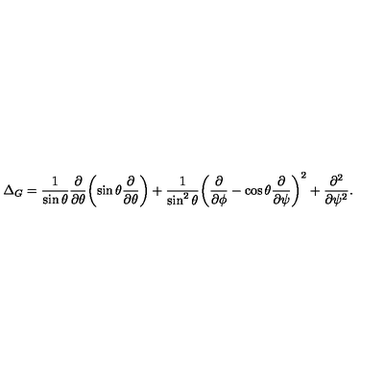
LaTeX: \Delta _ { G } = \frac 1 { \sin \theta } \frac { \partial } { \partial \theta } \biggl ( \sin \theta \frac { \partial } { \partial \theta } \biggr ) + \frac 1 { \sin ^ { 2 } \theta } \biggl ( \frac { \partial } { \partial \phi } - \cos \theta \frac { \partial } { \partial \psi } \biggr ) ^ { 2 } + \frac { \partial ^ { 2 } } { \partial \psi ^ { 2 } } .